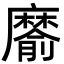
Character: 䵉